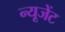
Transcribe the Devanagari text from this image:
न्यूजेंट